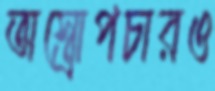
অস্ত্রোপচারও